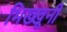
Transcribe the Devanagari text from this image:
भिख्खूनी